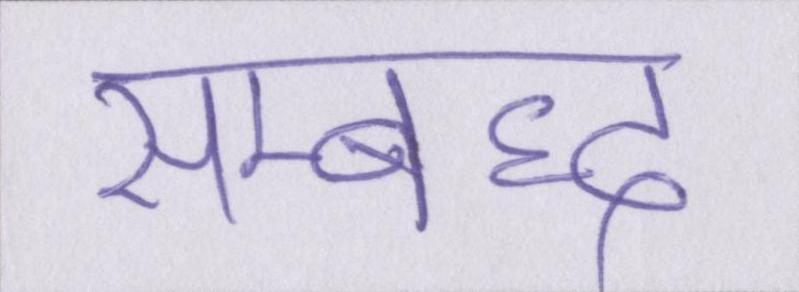
सम्बध्द